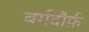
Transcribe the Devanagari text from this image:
बर्गदौर्फ़